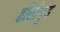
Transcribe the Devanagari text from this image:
हॉलीवुड़